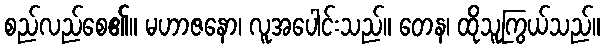
စည်လည်စေ၏။ မဟာဇနော၊ လူအပေါင်းသည်။ တေန၊ ထိုသူကြွယ်သည်။